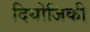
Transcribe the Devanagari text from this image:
दियोजिकी